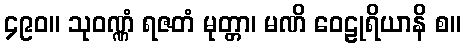
၄၉၀။ သုဝဏ္ဏံ ရဇတံ မုတ္တာ၊ မဏိ ဝေဠုရိယာနိ စ။